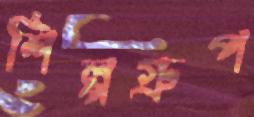
শিল্পগ্রুপ